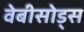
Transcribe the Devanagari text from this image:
वेबीसोड्स